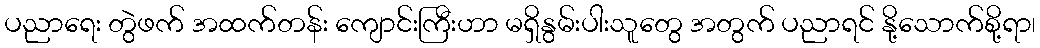
ပညာရေး တွဲဖက် အထက်တန်း ကျောင်းကြီးဟာ မရှိနွမ်းပါးသူတွေ အတွက် ပညာရင် နို့သောက်စို့ရာ၊